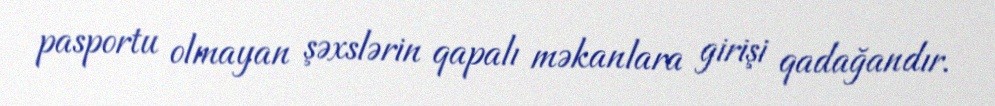
pasportu olmayan şəxslərin qapalı məkanlara girişi qadağandır.